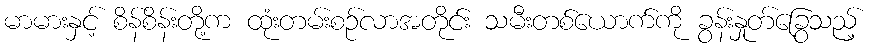
မာမားနှင့် စိန်စိန်းတို့က ထုံးတမ်းစဉ်လာအတိုင်း သမီးတစ်ယောက်ကို ခွန်းနှုတ်ခြွေသည့်